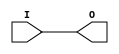
module IBUF_SSTL18_I (O, I);

    output O;

    input  I;

	buf B1 (O, I);


endmodule